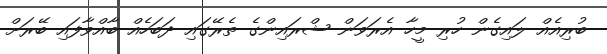
ބުރިއެއް ލައިގެން ހުރި މީހާ އެރަަވަން ޝްރައިންގެ ތެރޭގައި ދަބަހެއް ބާއްވާފައި ބޭރަށް